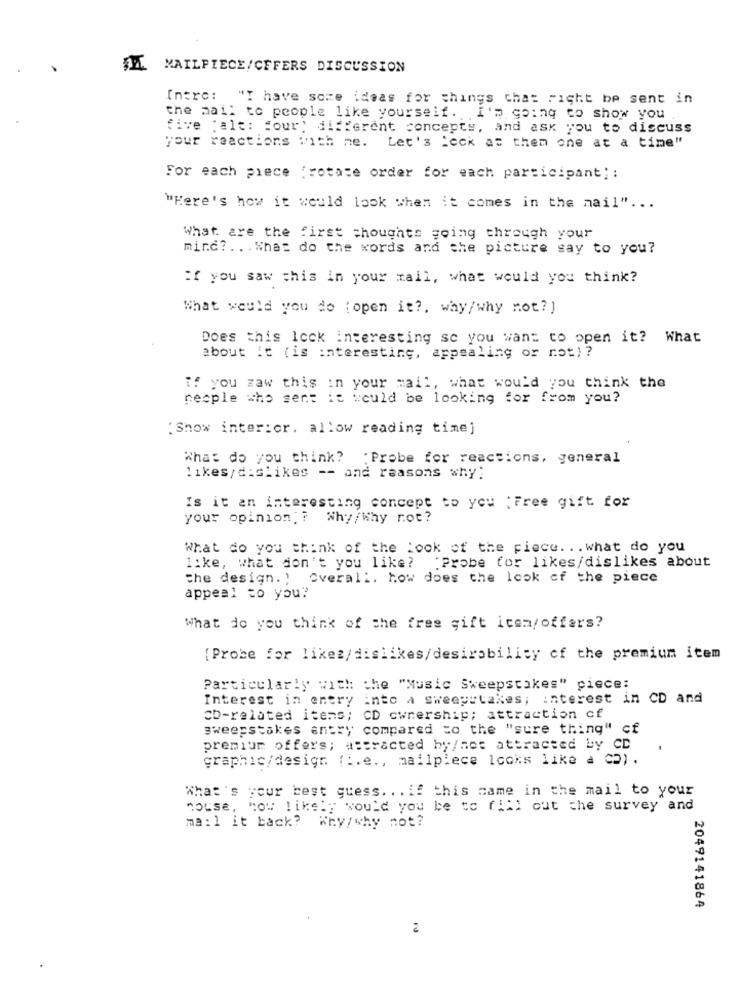
MAILPIECE/CFFERS DISCUSSION
Intre: "I have some ideas for things that right be sent in
the mail to people like yourself. I'm going to show you
five "alt: four: different concepts, and ask you to discuss
your reactions with me. Let's Leck at them one at a time"
For each piece "rotate order for each participant; :
"Here's how it would look when it comes in the mail" ...
What are the first thoughts going through your
mind ?... What do the words and the picture say to you?
If you saw this in your mail, what would you think?
What would you do (open it ?, why/why not? ]
Does this lock interesting se you want to open it? What
about it ( is interesting, appealing or not) ?
if you waw this in your mail, what would you think the
necple who sent it would be looking for from you?
"Show interior. allow reading time]
What do you think? : Probe for reactions, general
likes/ dislikes -- and reasons why:
Is it an interesting concept to you :Free gift for
your opinion ? Why/Why not?
What do you think of the look of the piece. .. what do you
like, what don't you like?
:Probe for likes/dislikes about
the design. ) Overall. how does the look of the piece
appeal to you?
What do you think of the free gift item/offers?
[Probe for likez/dislikes/desirability of the premium item
Particularly with the "Music Sweepstakes" piece:
Interest in entry into a sweepstakes; interest in CD and
CD-related itens; CD ownership; attraction cf
sweepstakes entry compared to the "sure thing" cf
premium offers; attracted by/nes attracted by CD
graphic/design (i.e ., mailpiece looks like a CO) .
What's your best guess. . . if this came in the mail to your
nouse, how likely would you be to fill out che survey and
ma:l it back? Why/why not?
2049141864
2